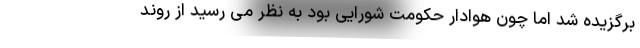
برگزیده شد اما چون هوادار حکومت شورایی بود به نظر می رسید از روند